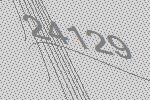
24129